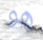
هو